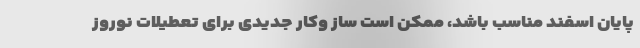
پایان اسفند مناسب باشد، ممکن است ساز وکار جدیدی برای تعطیلات نوروز